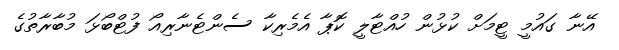
އޭނާ ގައުމީ ޓީމަށް ކުޅުން ހުއްޓާލީ ކޮޕާ އެމެރިކާ ސެންޓެނާރިއޯ ފުޓްބޯޅަ މުބާރާތުގެ